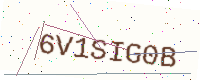
Text: 6V1SIG0B